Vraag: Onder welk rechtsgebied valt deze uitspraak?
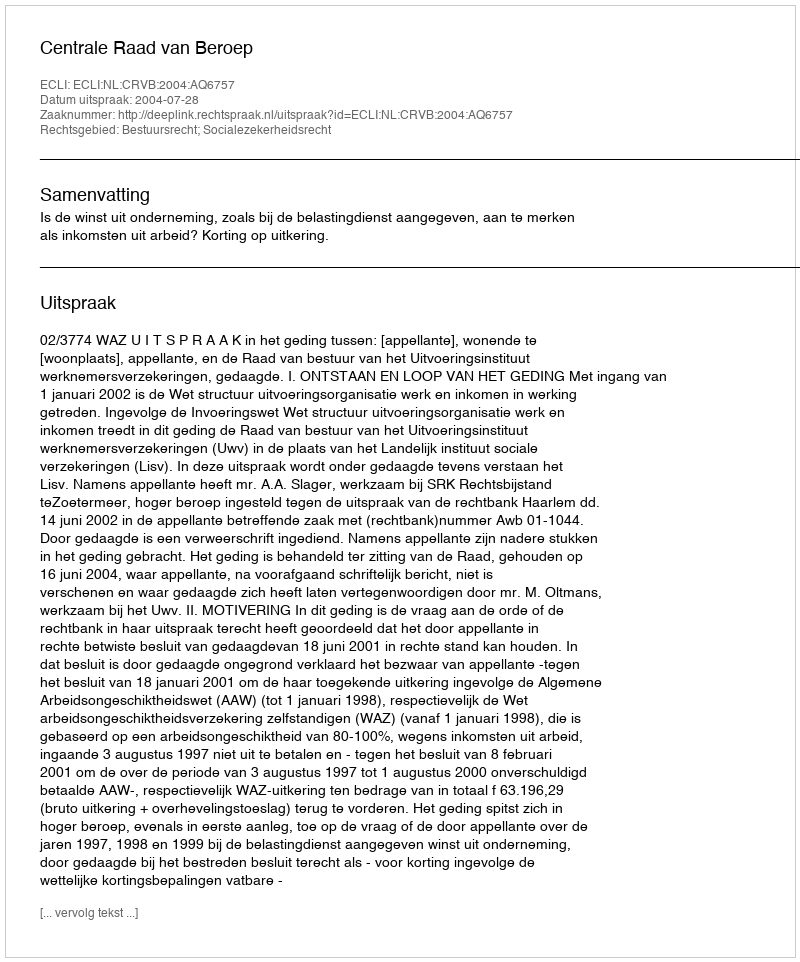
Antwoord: Bestuursrecht; Socialezekerheidsrecht